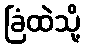
ခြံထဲသို့